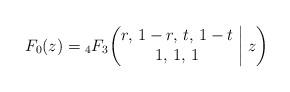
LaTeX: \begin{gather*}F_0(z)={}_4F_3\biggl(\begin{matrix} r, \, 1-r, \, t, \, 1-t \\ 1, \, 1, \, 1 \end{matrix}\biggm|z\biggr)\end{gather*}